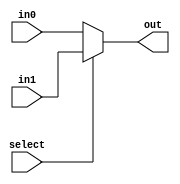
module mux_2_4bit(select,in0,in1,out);
	input select;
	input [3:0] in0, in1;
	output[3:0] out;
	assign out= select ? in1 : in0;
endmodule